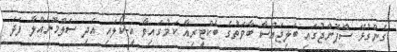
ގެންގުޅޭ ސްޕޮންޖުގައި ބަލިޖައްސާ ބާވަތުގެ ބެކްޓީރިއާ ކަމުގައިވާ އީ-ކޯލައި އަދި ސަލްމޮނެއްލާ ފަދަ